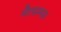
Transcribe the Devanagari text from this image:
मैरसमस